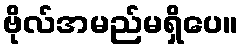
ဗိုလ်အမည်မရှိပေ။